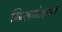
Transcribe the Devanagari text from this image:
मिरागोआने